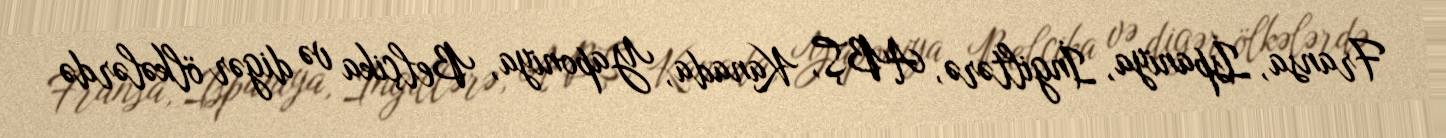
Fransa, İspaniya, İngiltərə, ABŞ, Kanada, Yaponiya, Belçika və digər ölkələrdə